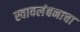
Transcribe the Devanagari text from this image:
स्वावलंबनाचा